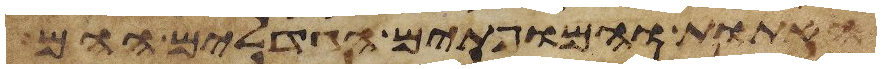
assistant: האתות והמופתים הגדלים ההם